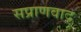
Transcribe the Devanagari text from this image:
सप्राणवाद